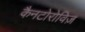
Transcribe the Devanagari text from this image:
कैनटोरोविज़